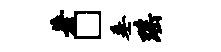
著□垂瑶